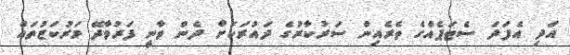
އަދި އެފަދަ ސެޓަޕެއްގެ ތެރެއިން ސަރުކާރުގެ ދައުރަކަށް ދެން ވާނީ ފަރުވާދޭ މަރުކަޒުތައް